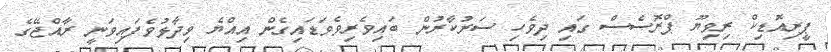
ޕީރިއޮޑިކް ރިވިޔޫ ޕްރޮސެސް ގައި ދިވެހި ސަރުކާރުން ބައިވެރިވެވަޑައިގެން އިއްޔެ ވިދާޅުވެފައިވަނީ ރާއްޖޭގެ